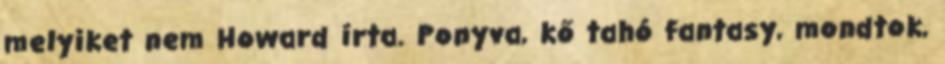
melyiket nem Howard írta. Ponyva, kő tahó fantasy, mondtok,